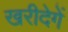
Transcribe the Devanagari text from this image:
खरीदेगें